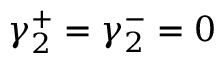
\gamma _ { 2 } ^ { + } = \gamma _ { 2 } ^ { - } = 0